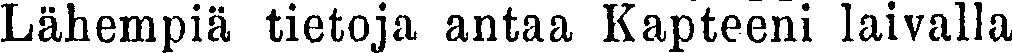
Lähempiä tietoja antaa Kapteeni laivalla